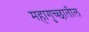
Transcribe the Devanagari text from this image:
महागुच्छातील